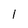
Character: l